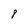
Character: 8